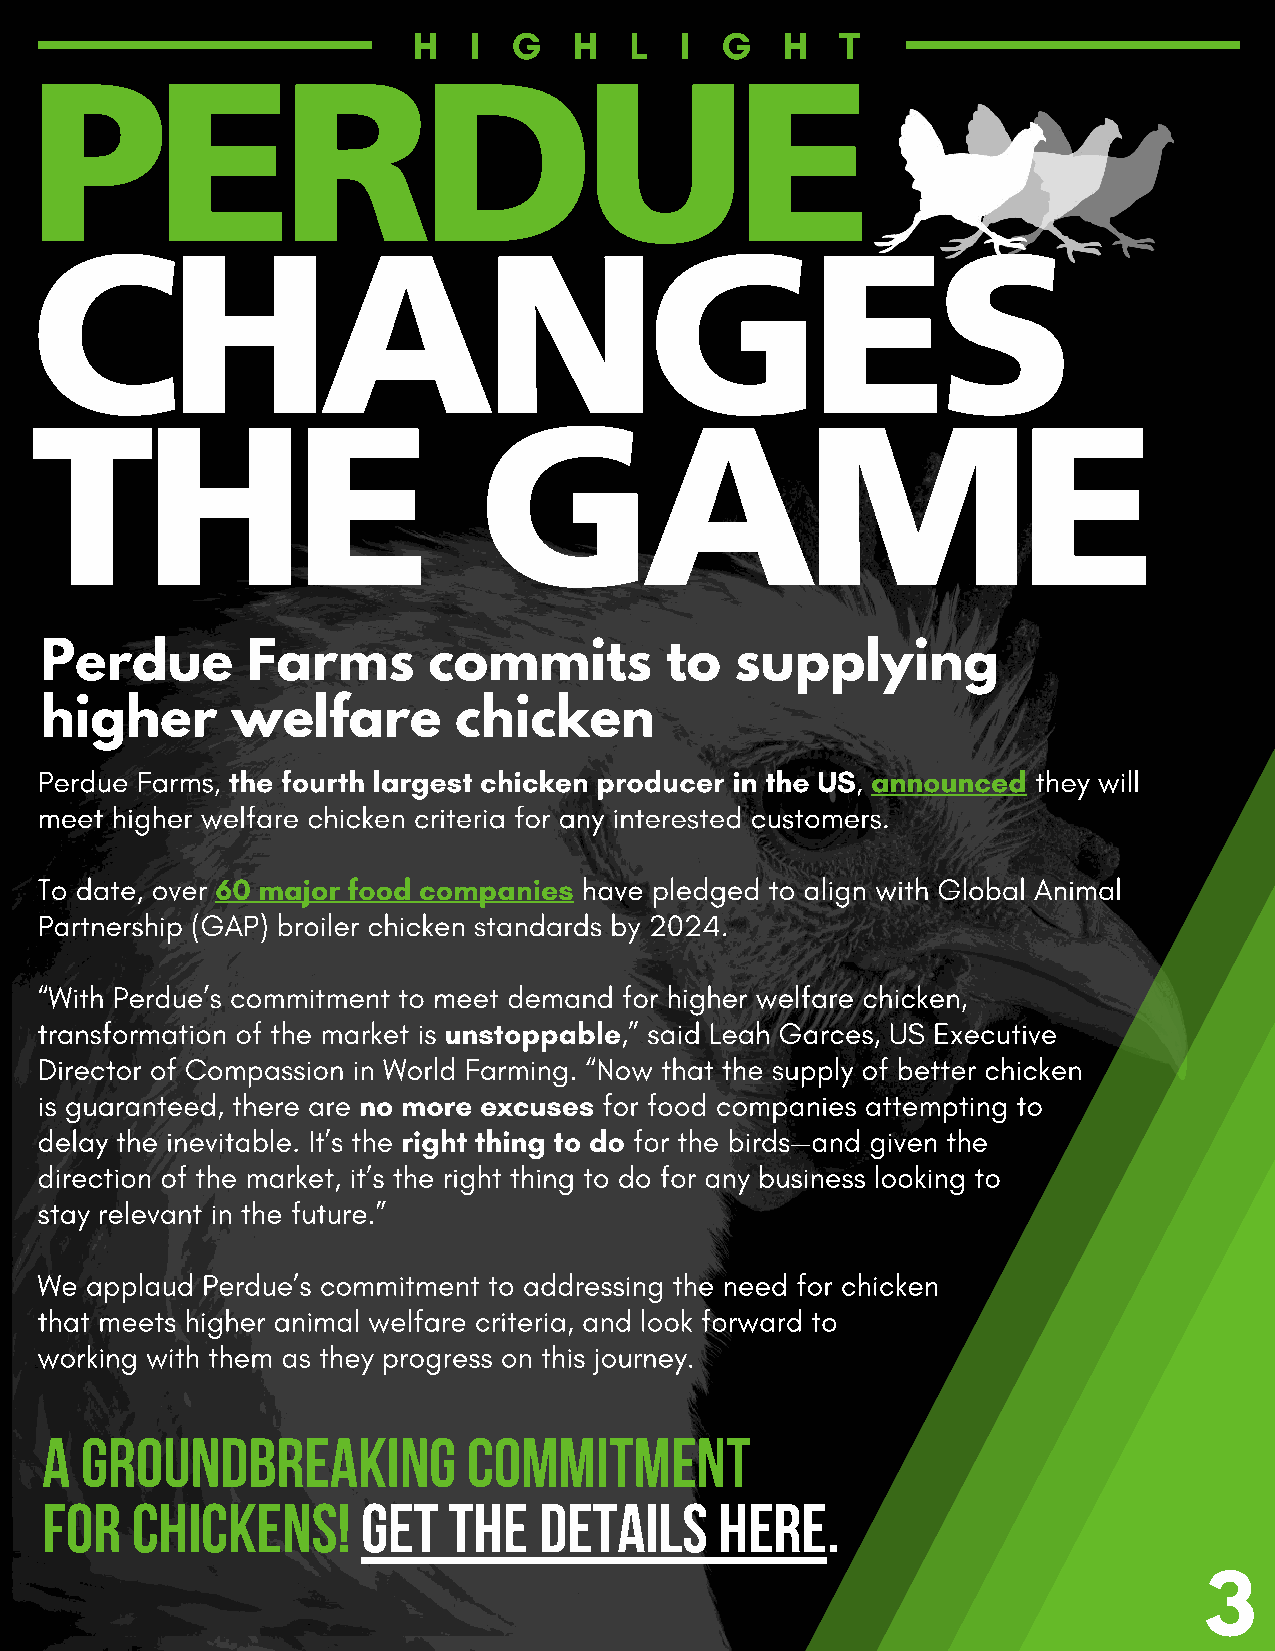
H   I  G   H   L  I  G   H   T
 PERDUE
 CHANGES
 THE                           GAME
 Perdue       Farms       commits         to   supplying
 higher      welfare        chicken
 Perdue Farms, the fourth largest chicken producer in the US, announced they will
 meet higher welfare chicken criteria for any interested customers.
 To date, over 60 major food companies have pledged to align with Global Animal
 Partnership (GAP) broiler chicken standards by 2024.
 “With Perdue’s commitment to meet demand for higher welfare chicken,
 transformation of the market is unstoppable,” said Leah Garces, US Executive
 Director of Compassion in World Farming. “Now that the supply of better chicken
 is guaranteed, there are no more excuses for food companies attempting to
 delay the inevitable. It’s the right thing to do for the birds—and given the
 direction of the market, it’s the right thing to do for any business looking to
 stay relevant in the future.”
 We  applaud Perdue’s commitment to addressing the need for chicken
 that meets higher animal welfare criteria, and look forward to
 working with them as they progress on this journey.
 a groundbreaking            commitment
 for   chickens!      Get   the   details     HERE.
 3